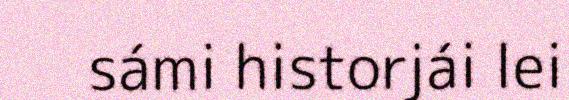
sámi historjái lei